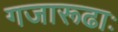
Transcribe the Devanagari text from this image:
गजारूढाः